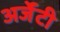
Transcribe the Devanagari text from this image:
अर्जेंटी